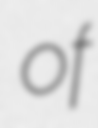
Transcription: of